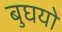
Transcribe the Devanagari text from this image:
बुघयो